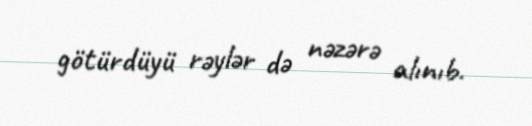
götürdüyü rəylər də nəzərə alınıb.